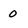
Character: 0